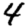
Digit: 4